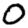
Digit: 0